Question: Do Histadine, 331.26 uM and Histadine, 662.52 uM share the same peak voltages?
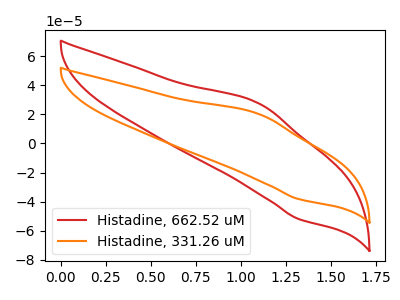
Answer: <think>The red curve "Histadine, 662.52 uM" has an anodic peak at (1.10V, 27.65uA) and a cathodic peak at (1.30V, -52.00uA). The orange curve "Histadine, 331.26 uM" has an anodic peak at (1.10V, 20.35uA) and a cathodic peak at (1.30V, -38.30uA).</think>
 <answer>Yes, "Histadine, 331.26 uM" have a peak in "Histadine, 662.52 uM" at the same potential.</answer>
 <eval>match</eval>